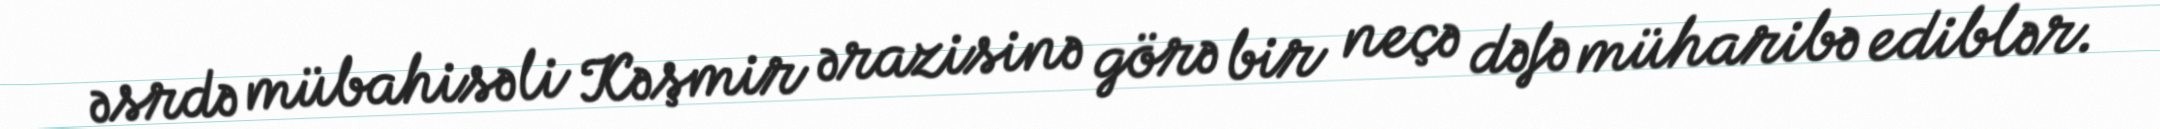
əsrdə mübahisəli Kəşmir ərazisinə görə bir neçə dəfə müharibə ediblər.